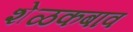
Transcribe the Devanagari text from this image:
शेळकबाव